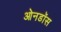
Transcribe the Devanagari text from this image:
ओनडॉस